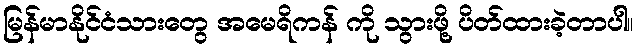
မြန်မာနိုင်ငံသားတွေ အမေရိကန် ကို သွားဖို့ ပိတ်ထားခဲ့တာပါ။